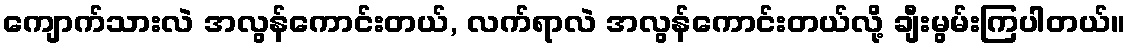
ကျောက်သားလဲ အလွန်ကောင်းတယ်, လက်ရာလဲ အလွန်ကောင်းတယ်လို့ ချီးမွမ်းကြပါတယ်။